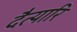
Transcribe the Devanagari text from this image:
दैत्यारि